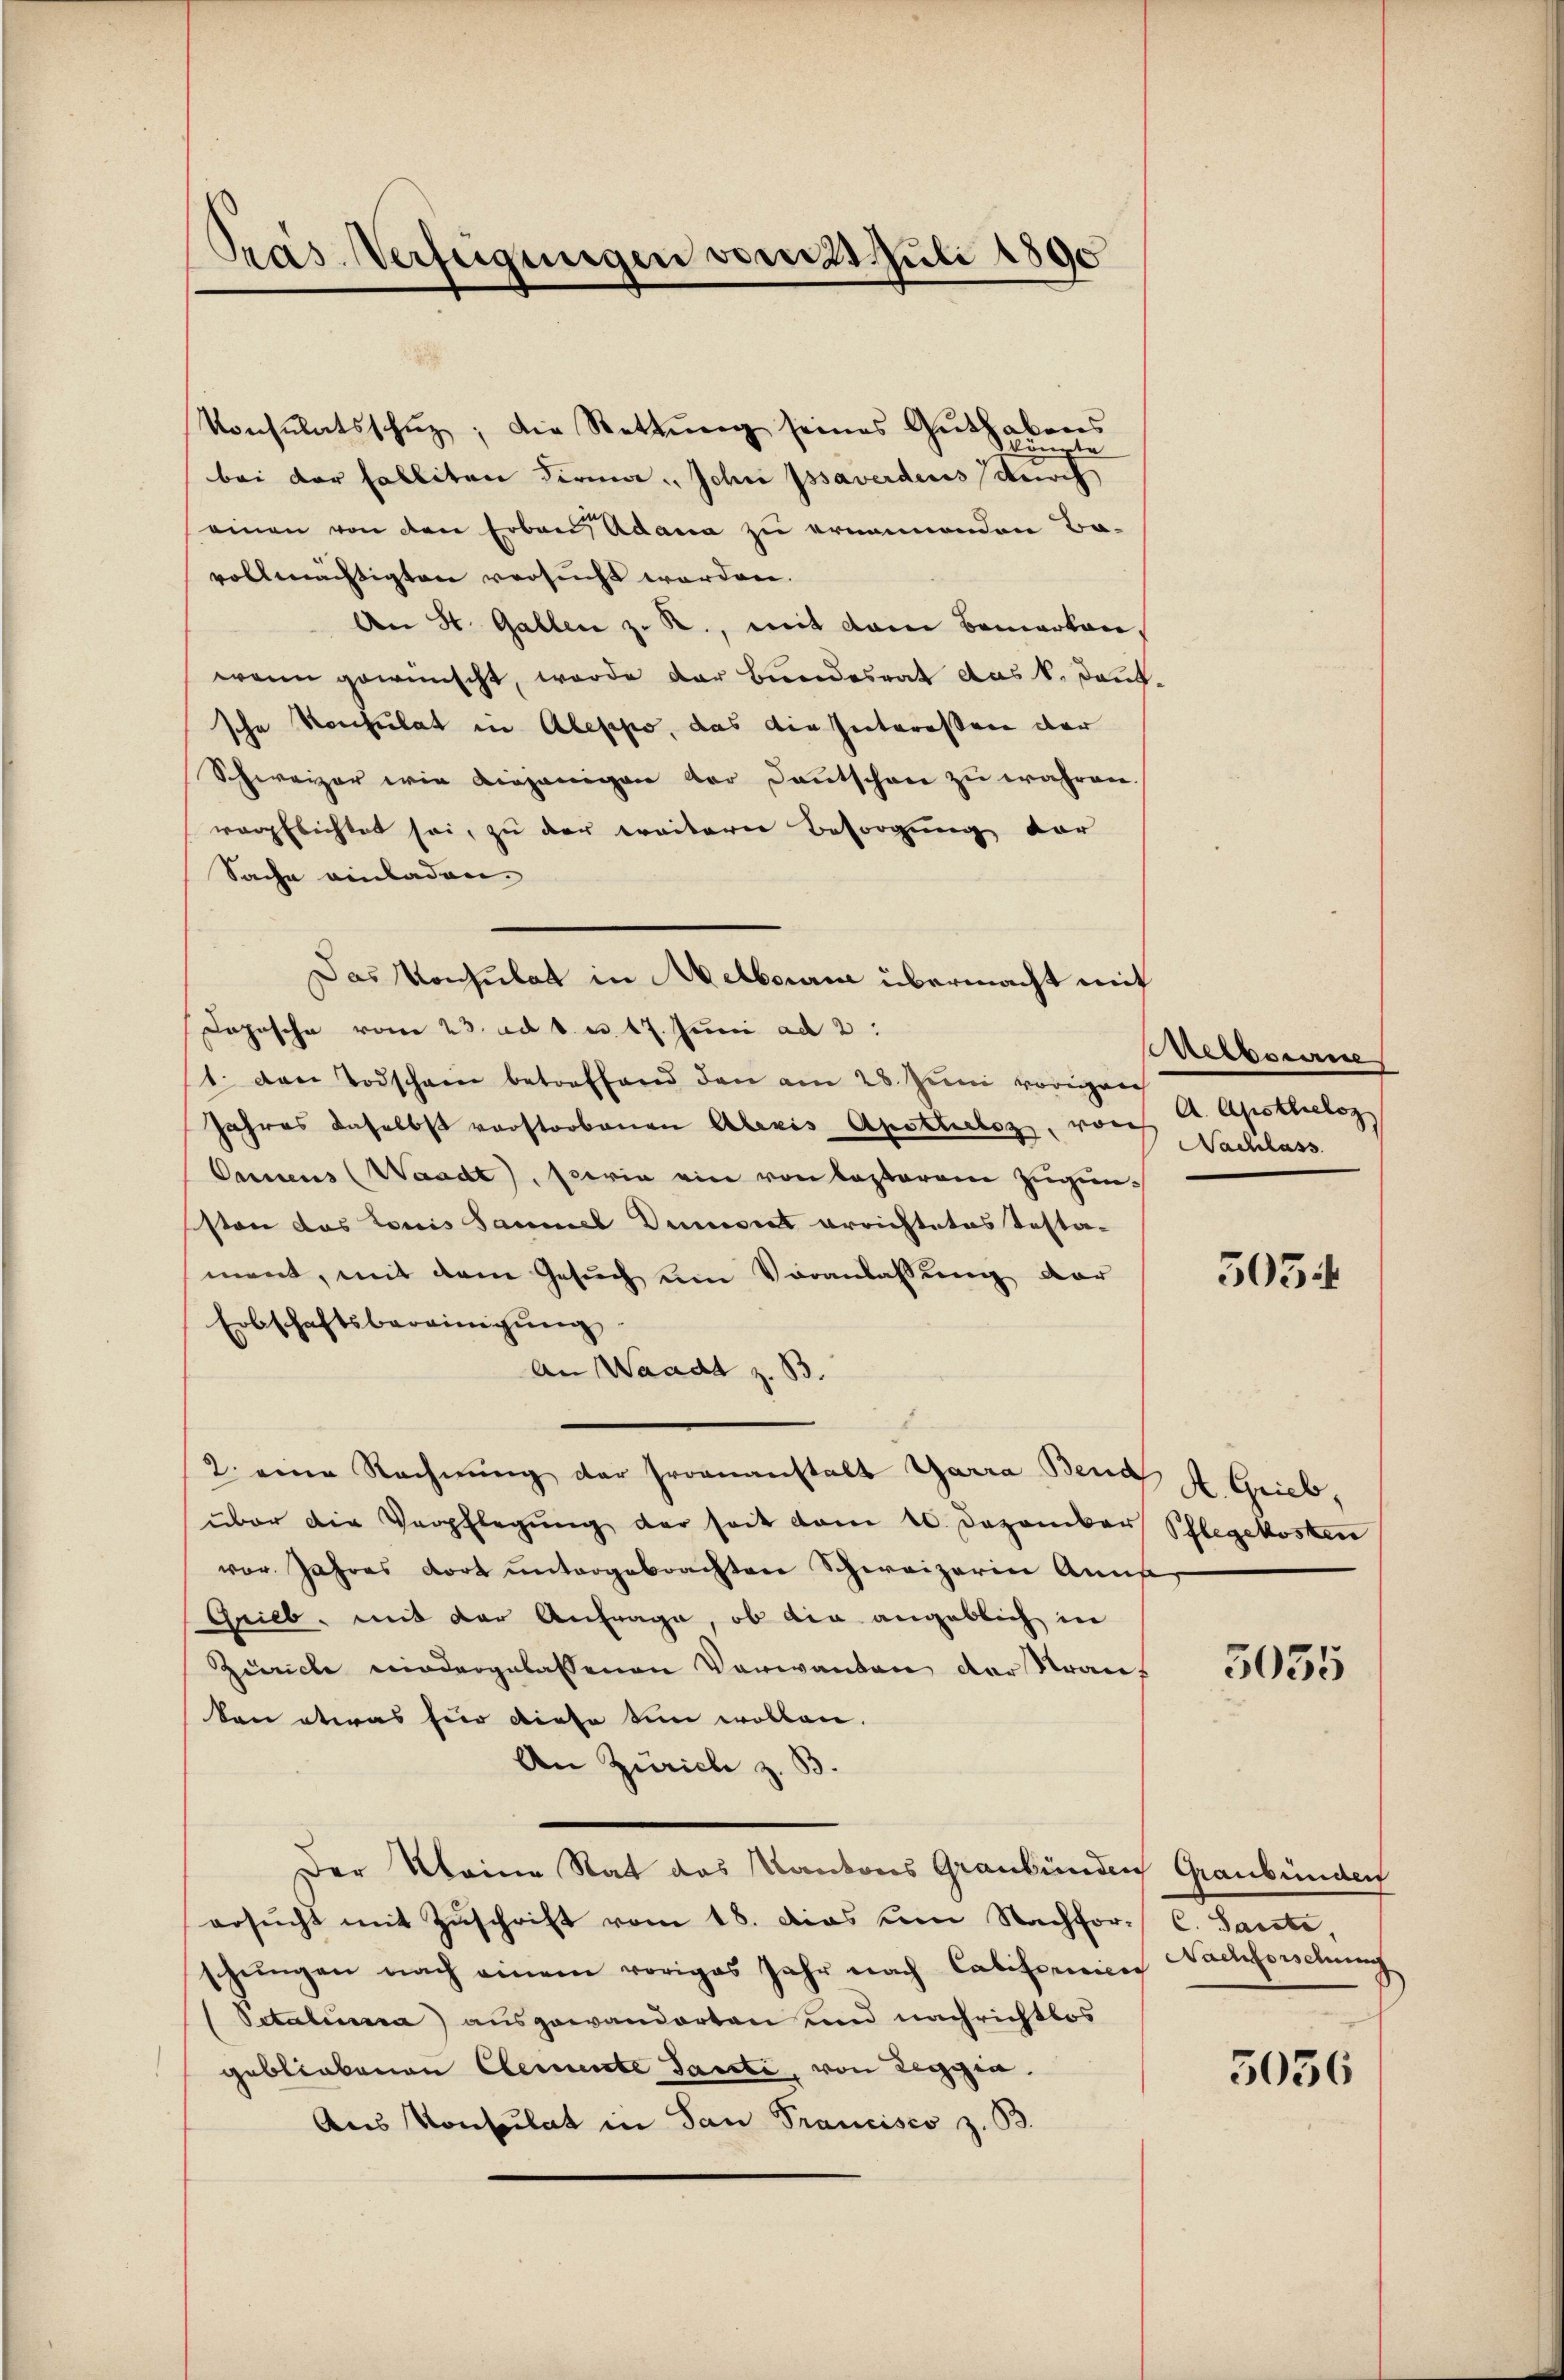
Pras Verfügungen vom 25. Juli 1890

Konsulatsschŭz; die Rettŭng seines Guthabens
könnte
bei der Falliten Firma John pssaverdens durch
einen von den Erbau, Adana zu ernennenden Ba-
vollmächtigten versucht worden.
An St. Gallen z. R., mit dem Bemerken,
wenn gewünscht, werde der Bundesrat das k. Dantde Konsulat in Aleppo, das die Interessen der
ze
Schweizer wie diejenigen der Kantschen zu währen.
verpflichtet sei, zu der weitere Besorgung der
Sache einladen.
Dopische vom 23. ad 1. u. 17. Juni ad 2:
1. Den Todschain betreffend den am 28. Juni vorigen
Jahres daselbst vorstorbenen Alexis Apotterbes, von Nachlass
Oennens (Waadt, serin ein von Kosterem Zugensten das Louis Sammel Dumont errichtetes Testa-
ment, mit dem Gesuch um Voranlassung der
Erbschaftsbereinigung
An Waadt z. B.
2. eine Rechnŭng der Proananstalt Garra Bend A. Grieb,
über die Verpflegung der seit vom 10. Dezember Schlegekosten
vor Jahres dort untergebrachten Schweizerin Ann
Grieb, mit der Anfrage, ob die angeblich in
Zürich wiedergelassenen Vorwanden der Strauf
kon etwas für diese tun wollen.
An Zürich z. B.
Der Meine Rat das Kantons Graubünden Graubünden
ersŭcht mit Zŭschrift vom 18. Das um Nachfor. C. Sante
schungen nach einem voriges Jahr nach Califorien Nachforschung
Setalessa ausgewanderten und nachrichtlos
gebliebenen Clemente Tante, von Reggia.
Aus Konsulat in San Francisco z. B.

Das Konsulat in Melborne übermacht mit

Rerbauun
A. Apsthieloz

505

5035

3036